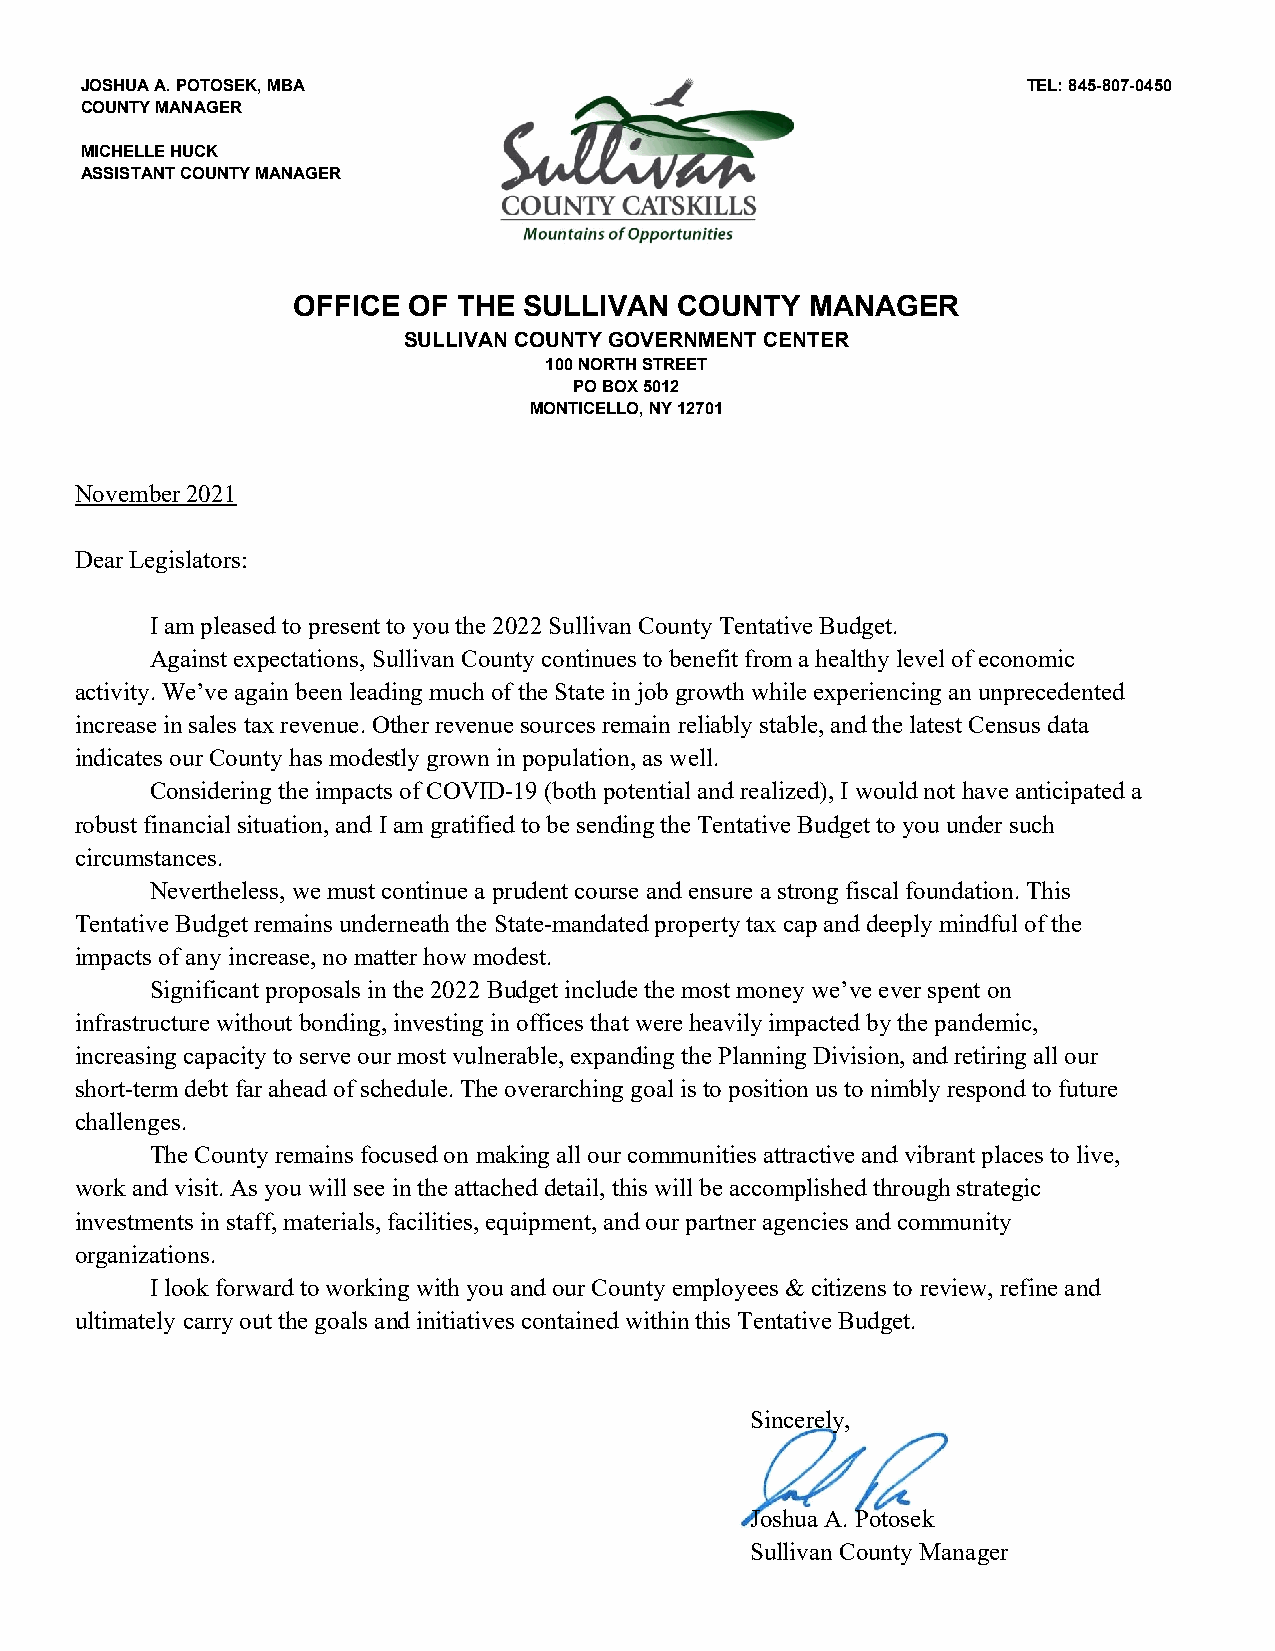
JOSHUA A. POTOSEK, MBA                                         TEL: 845-807-0450
 COUNTY MANAGER
 MICHELLE HUCK
 ASSISTANT COUNTY MANAGER
 OFFICE  OF THE  SULLIVAN  COUNTY   MANAGER
 SULLIVAN COUNTY GOVERNMENT CENTER
 100 NORTH STREET
 PO BOX 5012
 MONTICELLO, NY 12701
 November 2021
 Dear Legislators:
 I am pleased to present to you the 2022 Sullivan County Tentative Budget.
 Against expectations, Sullivan County continues to benefit from a healthy level of economic
 activity. We’ve again been leading much of the State in job growth while experiencing an unprecedented
 increase in sales tax revenue. Other revenue sources remain reliably stable, and the latest Census data
 indicates our County has modestly grown in population, as well.
 Considering the impacts of COVID-19 (both potential and realized), I would not have anticipated a
 robust financial situation, and I am gratified to be sending the Tentative Budget to you under such
 circumstances.
 Nevertheless, we must continue a prudent course and ensure a strong fiscal foundation. This
 Tentative Budget remains underneath the State-mandated property tax cap and deeply mindful of the
 impacts of any increase, no matter how modest.
 Significant proposals in the 2022 Budget include the most money we’ve ever spent on
 infrastructure without bonding, investing in offices that were heavily impacted by the pandemic,
 increasing capacity to serve our most vulnerable, expanding the Planning Division, and retiring all our
 short-term debt far ahead of schedule. The overarching goal is to position us to nimbly respond to future
 challenges.
 The County remains focused on making all our communities attractive and vibrant places to live,
 work and visit. As you will see in the attached detail, this will be accomplished through strategic
 investments in staff, materials, facilities, equipment, and our partner agencies and community
 organizations.
 I look forward to working with you and our County employees & citizens to review, refine and
 ultimately carry out the goals and initiatives contained within this Tentative Budget.
 Sincerely,
 Joshua A. Potosek
 Sullivan County Manager